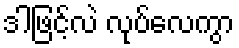
ဒါဖြင့်လဲ လုပ်လေကွာ